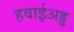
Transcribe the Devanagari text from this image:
हवाईअड्ड